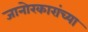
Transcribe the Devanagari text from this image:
जानोरकारांच्या